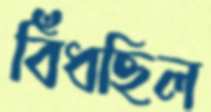
বিঁধছিল